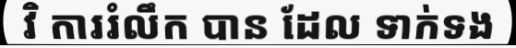
វិ ការរំលឹក បាន ដែល ទាក់ទង